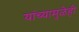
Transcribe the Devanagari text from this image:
यांच्यामुळेही